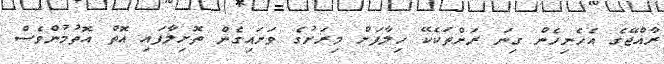
ރާއްޖޭގެ އެހެނިހެން ގިނަ ރަށްތަކެކޭ ހިލާފަށް މިރަށުގެ ވަށައިގެން ތޮށިލާފައި އޮތް އޮތުމުންވެސް